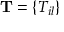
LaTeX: \mathbf { T } = \{ T _ { i l } \}